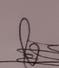
Signature authenticity: genuine